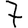
Digit: 7